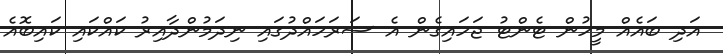
އަދި ބައެއް މީހުން ޓެންޓު ޖަހައިގެން އެ ސަރަހައްދުގައި ނިދަމުންދާއިރު ކައްކައި ކައިބޮއެ